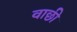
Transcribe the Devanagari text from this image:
वाछी